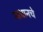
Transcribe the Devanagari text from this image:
माधानचे